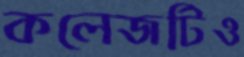
কলেজটিও